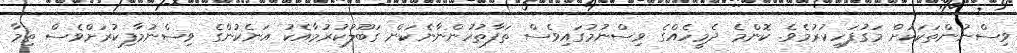
ވިސްނުންތަކަކަށް މަގުފަހިކުރުމެވެ. ކޮންމެ ދެމީހެއްގެ ވިސްނުމުގައިވެސް ތަފާތުހުންނާނެކަން ގަބޫލުކުރުމާއެކު އަނެކުންގެ ވިސްނުމާފިކުރަށްވެސް ތިމާ